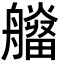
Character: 𤳮